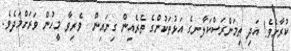
ކުރާށެވެ! އަދި ތިމަންރަސްކަލާނގެ އަޅުތަކުންގެ ތެރެއިން ގިނައިން  ވެރިވާ މީހުން ވަރަށްމަދެވެ.